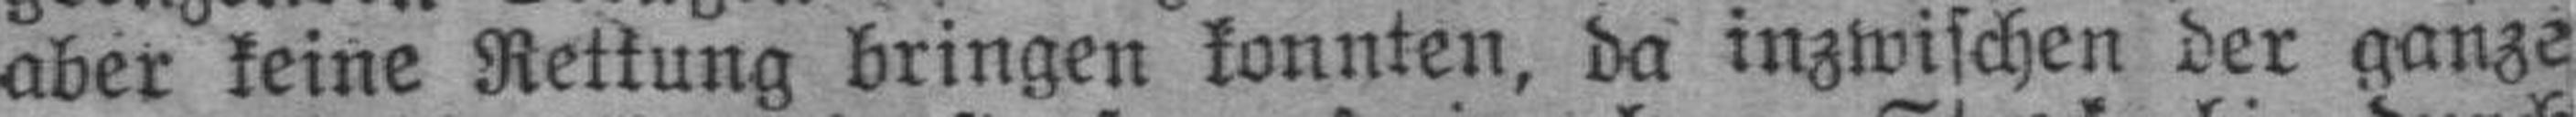
aber keine Rettung bringen konnten, da inzwischen der ganze